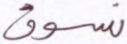
نسوق